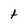
Character: t